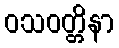
ဝသဝတ္တိနာ